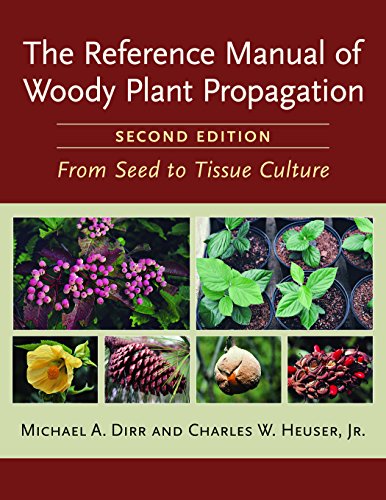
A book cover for The Reference Manual of Woody Plant Propagation: From Seed to Tissue Culture, Second Edition; Michael A. Dirr; Crafts, Hobbies & Home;